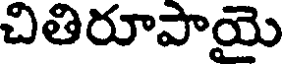
చితిరూపాయై